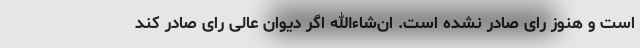
است و هنوز رای صادر نشده است. ان‌شاءالله اگر دیوان عالی رای صادر کند